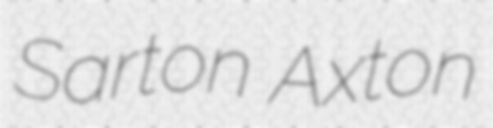
Sarton Axton